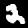
Digit: 2